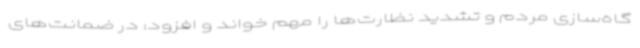
گاه‌سازی مردم و تشدید نظارت‌ها را مهم خواند و افزود: در ضمانت‌های